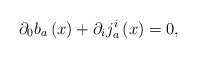
\begin{align*}\partial _{0}b_{a}\left( x\right) +\partial _{i}j_{a}^{i}\left( x\right) =0,\end{align*}